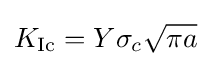
K_{\rm {Ic}}=Y\sigma _{c}{\sqrt {\pi a}}